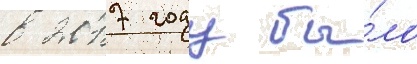
в 2017 году бы́ло